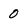
Character: 0